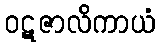
ဝဋဇာလိကာယံ